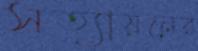
সত্যায়নের